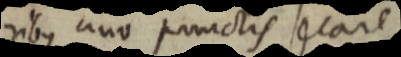
ribus uno punctis secare